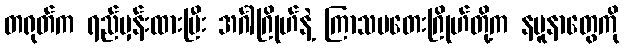
တရုတ်က ရည်မှန်းထားပြီး အင်္ဂါဂြိုဟ်နဲ့ ကြာသပတေးဂြိုဟ်တို့က နမူနာတွေကို